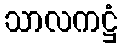
သာလကဋ္ဌံ